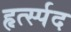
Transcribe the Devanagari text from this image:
हृर्त्स्पद